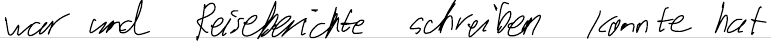
war und Reiseberichte schreiben konnte hat